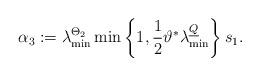
LaTeX: \begin{align*}\alpha_3 := \lambda_{\min}^{\Theta_2} \min\left\{1,\frac{1}{2}\vartheta^*\lambda_{\min}^{\underline{Q}}\right\} s_1.\end{align*}